Report of the Municipal Commissioner on the plague in Bombay for the year ending 31st May... - Volume 3
Disease focus: Plague
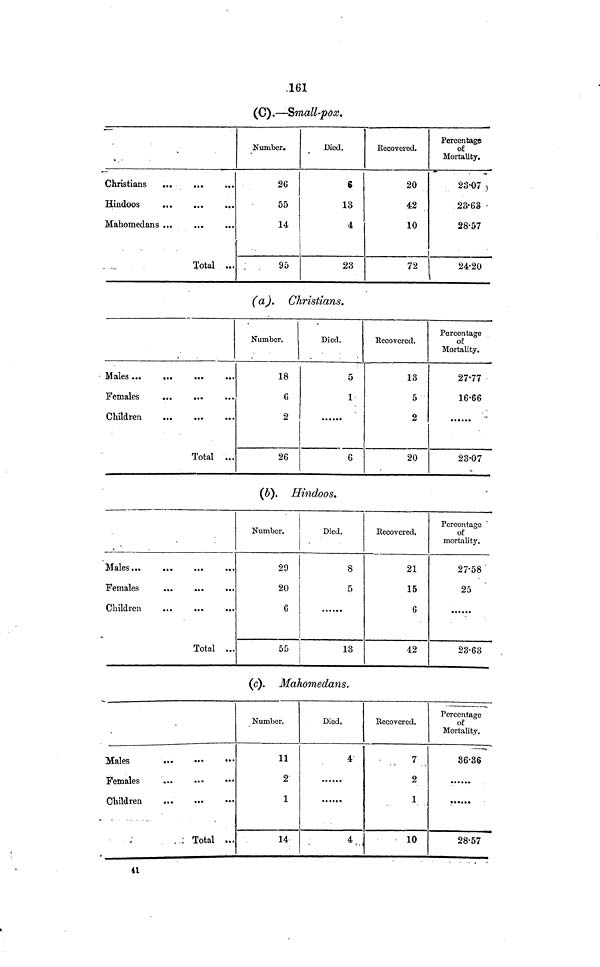
,161
(C).—Small-pox.
Christians
Hindoos
Mahomedans
Total
Number.
26
55
14
95
Died.
6
13
4
23
Recovered.
20
42
10
72
Percentage
of
Mortality.
23-07
23·63
28·57
24·20
(a). Christians.
• Males ...
...
Females
Children
Total ...
Number.
18
6
2
26
Died.
5
1
6
Recovered.
13
5
2
20
Percentage
of
Mortality.
27·77
16·66
23·07
(b). Hindoos.
Males
Females
...
...
...
Children
Total ...
Number.
29
20
6
55
Died.
8
5
13
Recovered.
21
15
6
42
Percentage
of
mortality.
27·58
25
23·63
(c). Mahomedans.
Males
Females
Children
..; Total ...
Number.
11
2
1
14
Died.
4
4
Recovered.
7
2
1
10
Percentage
of
Mortality.
36·36
28·57
41